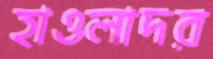
হাওলাদর